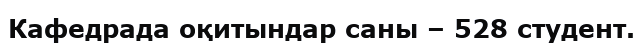
Кафедрада оқитындар саны – 528 студент.